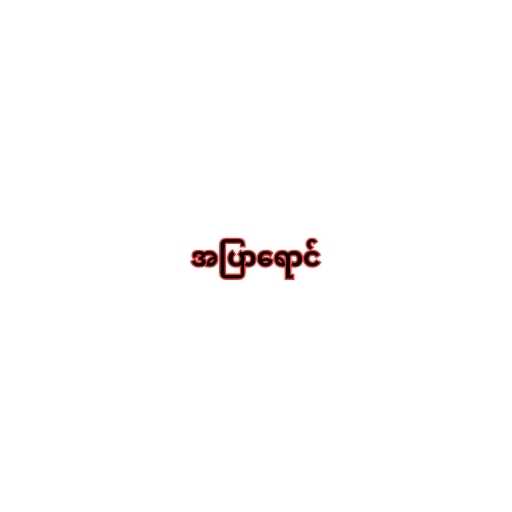
အပြာရောင်